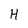
Character: H